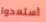
أستعدوا